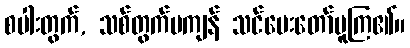
စပါးတွက်, သစ်တွက်မကျန် သင်ပေးတော်မူကြ၏။